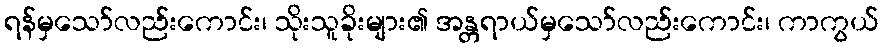
ရန်မှသော်လည်းကောင်း၊ သိုးသူခိုးများ၏ အန္တရာယ်မှသော်လည်းကောင်း၊ ကာကွယ်